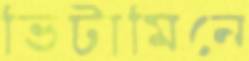
ভিটামিনে